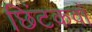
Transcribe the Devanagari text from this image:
छिंटकवाँ